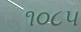
૧૦૮૫